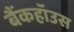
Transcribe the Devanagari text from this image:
बैंकहॉउस